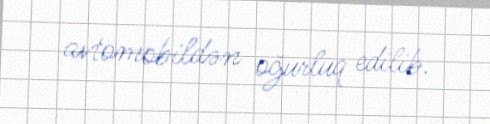
avtomobildən oğurluq edilib.